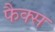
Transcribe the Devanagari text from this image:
फैक्‍स